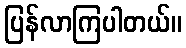
ပြန်လာကြပါတယ်။